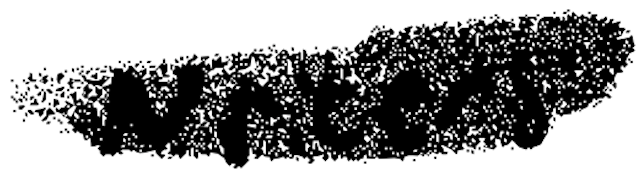
Text: Writers'
Cross-out: scratch
Writing tool: digital_black